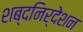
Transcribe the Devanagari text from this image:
शब्दनिर्देशन